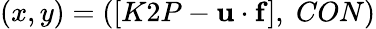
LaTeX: (x,y)=([K2P-\mathbf{u\cdot f}],\; CON)